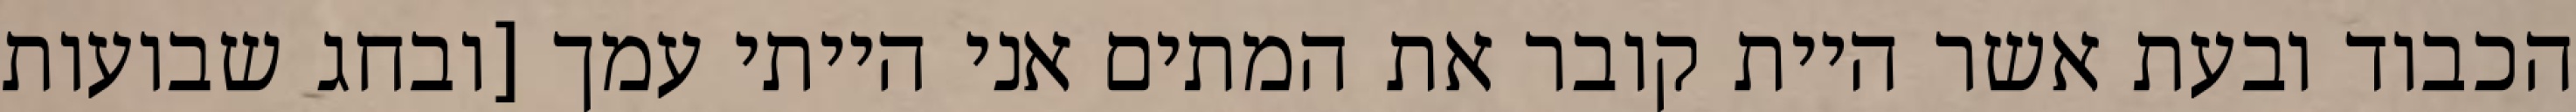
הכבוד ובעת אשר היית קובר את המתים אני הייתי עמך [ובחג שבועות